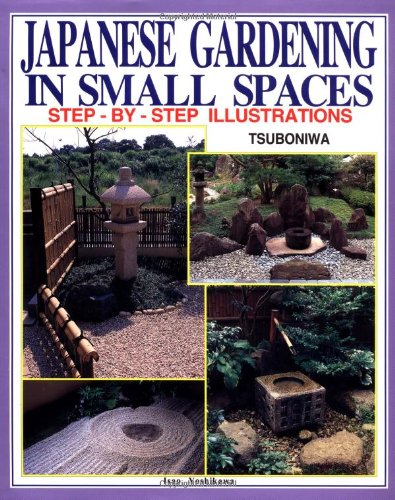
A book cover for Japanese Gardening in Small Spaces; Isao Yoshikawa; Crafts, Hobbies & Home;